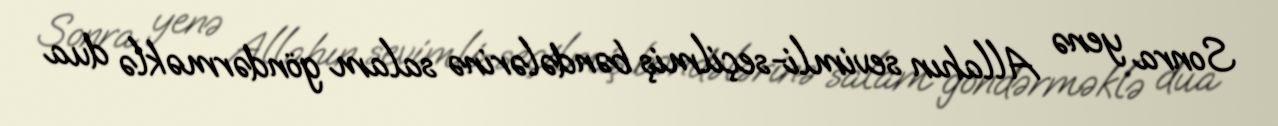
Sonra yenə Allahın sevimli-seçilmiş bəndələrinə salam göndərməklə dua